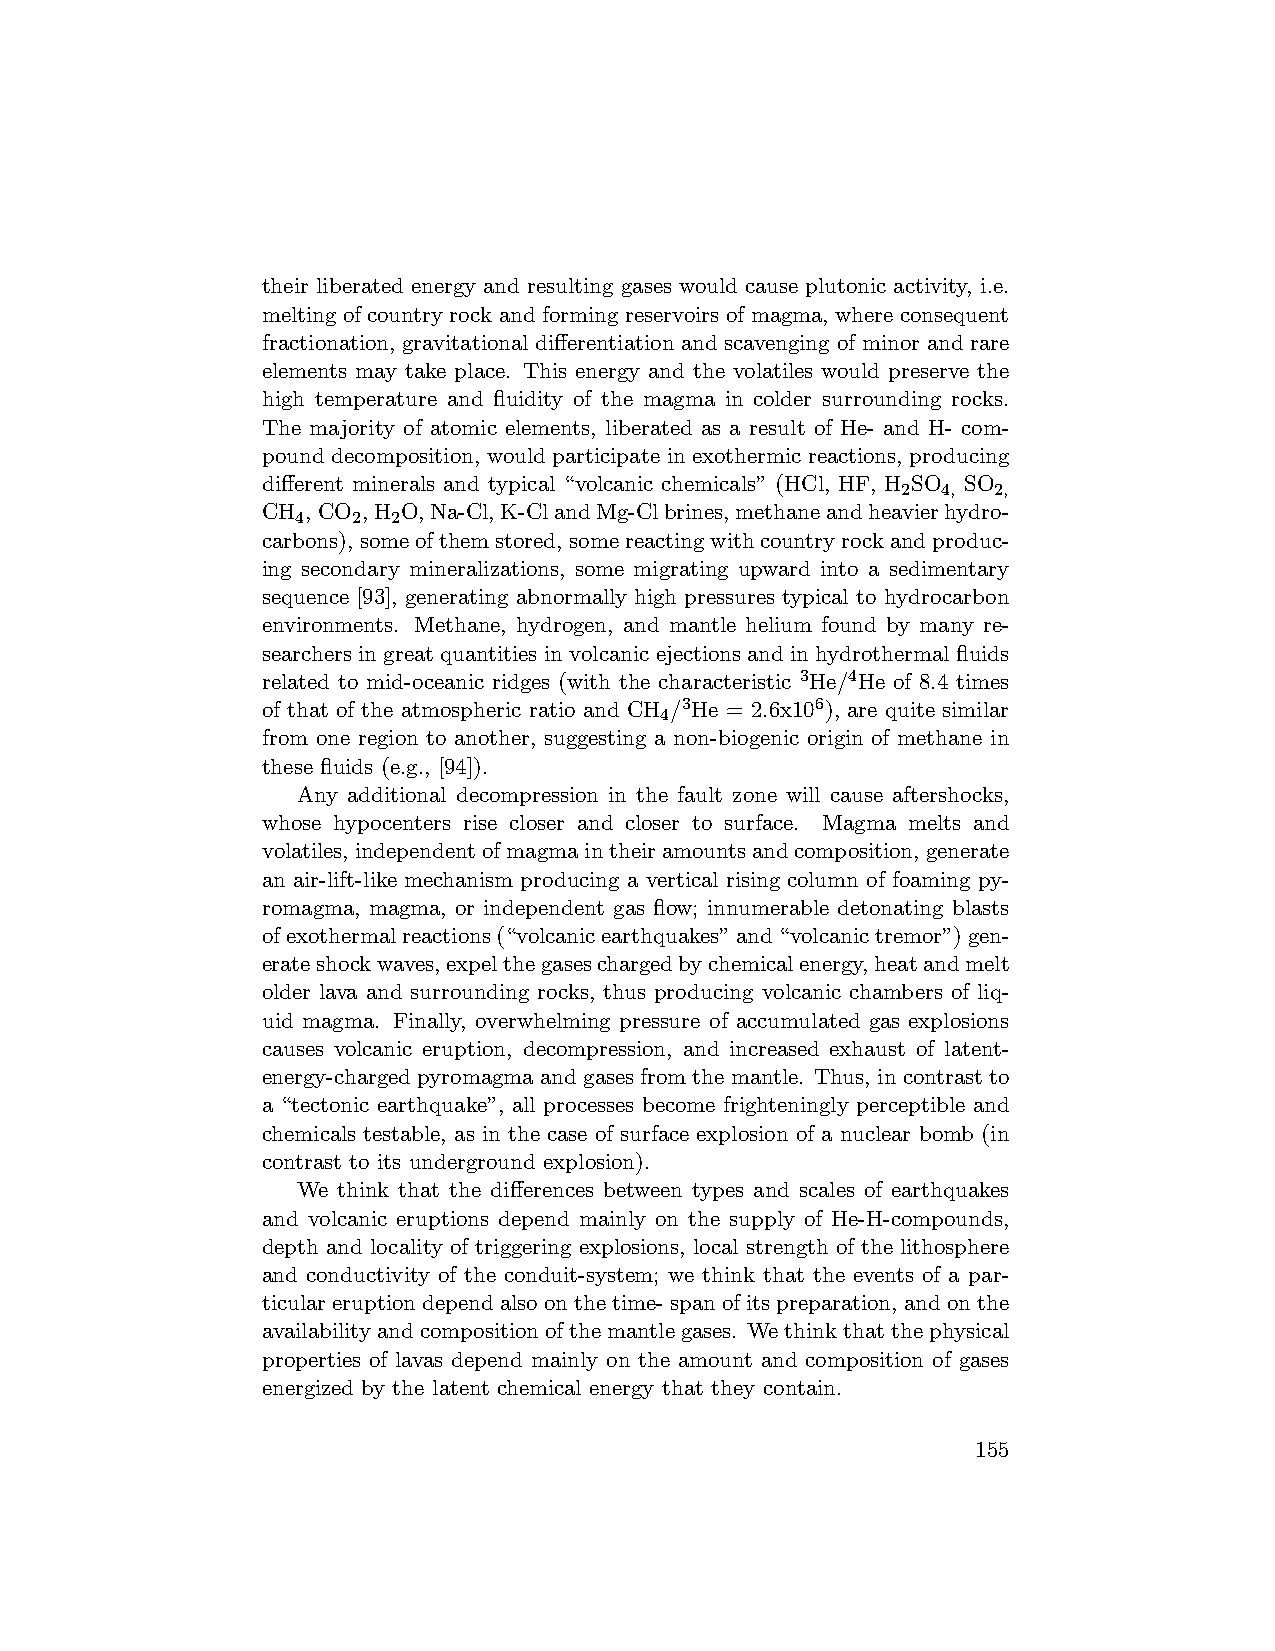
their liberated energy and resulting gases would cause plutonic activity, i.e.
 melting of country rock and forming reservoirs of magma, where consequent
 fractionation, gravitational differentiation and scavenging of minor and rare
 elements may take place. This energy and the volatiles would preserve the
 high temperature and fluidity of the magma in colder surrounding rocks.
 The majority of atomic elements, liberated as a result of He- and H- com-
 pound decomposition, would participate in exothermic reactions, producing
 different minerals and typical “volcanic chemicals” (HCl, HF, H SO SO
 2 4,  2,
 CH ,CO ,H O,Na-Cl,K-ClandMg-Clbrines,methaneandheavierhydro-
 4  2  2
 carbons),someofthemstored, somereactingwithcountryrockandproduc-
 ing secondary mineralizations, some migrating upward into a sedimentary
 sequence [93], generating abnormally high pressures typical to hydrocarbon
 environments. Methane, hydrogen, and mantle helium found by many re-
 searchers in great quantities in volcanic ejections and in hydrothermal fluids
 related to mid-oceanic ridges (with the characteristic 3He/4He of 8.4 times
 of that of the atmospheric ratio and CH /3He = 2.6x106), are quite similar
 4
 from one region to another, suggesting a non-biogenic origin of methane in
 these fluids (e.g., [94]).
 Any additional decompression in the fault zone will cause aftershocks,
 whose hypocenters rise closer and closer to surface. Magma melts and
 volatiles,independentofmagmaintheiramountsandcomposition,generate
 an air-lift-like mechanism producing a vertical rising column of foaming py-
 romagma, magma, or independent gas flow; innumerable detonating blasts
 ofexothermalreactions(“volcanicearthquakes”and“volcanictremor”)gen-
 erateshockwaves,expelthegaseschargedbychemicalenergy,heatandmelt
 older lava and surrounding rocks, thus producing volcanic chambers of liq-
 uid magma. Finally, overwhelming pressure of accumulated gas explosions
 causes volcanic eruption, decompression, and increased exhaust of latent-
 energy-charged pyromagma and gasesfromthe mantle. Thus, in contrast to
 a “tectonic earthquake”, all processes become frighteningly perceptible and
 chemicals testable, as in the case of surface explosion of a nuclear bomb (in
 contrast to its underground explosion).
 We think that the differences between types and scales of earthquakes
 and volcanic eruptions depend mainly on the supply of He-H-compounds,
 depth and locality of triggering explosions, local strength of the lithosphere
 and conductivity of the conduit-system; we think that the events of a par-
 ticulareruptiondependalsoonthetime-spanofitspreparation, andonthe
 availabilityandcompositionofthemantlegases. Wethinkthatthephysical
 properties of lavas depend mainly on the amount and composition of gases
 energized by the latent chemical energy that they contain.
 155